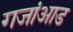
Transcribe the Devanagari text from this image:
गजांआड